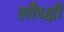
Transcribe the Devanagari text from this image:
लौध्क्षी